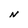
Character: N